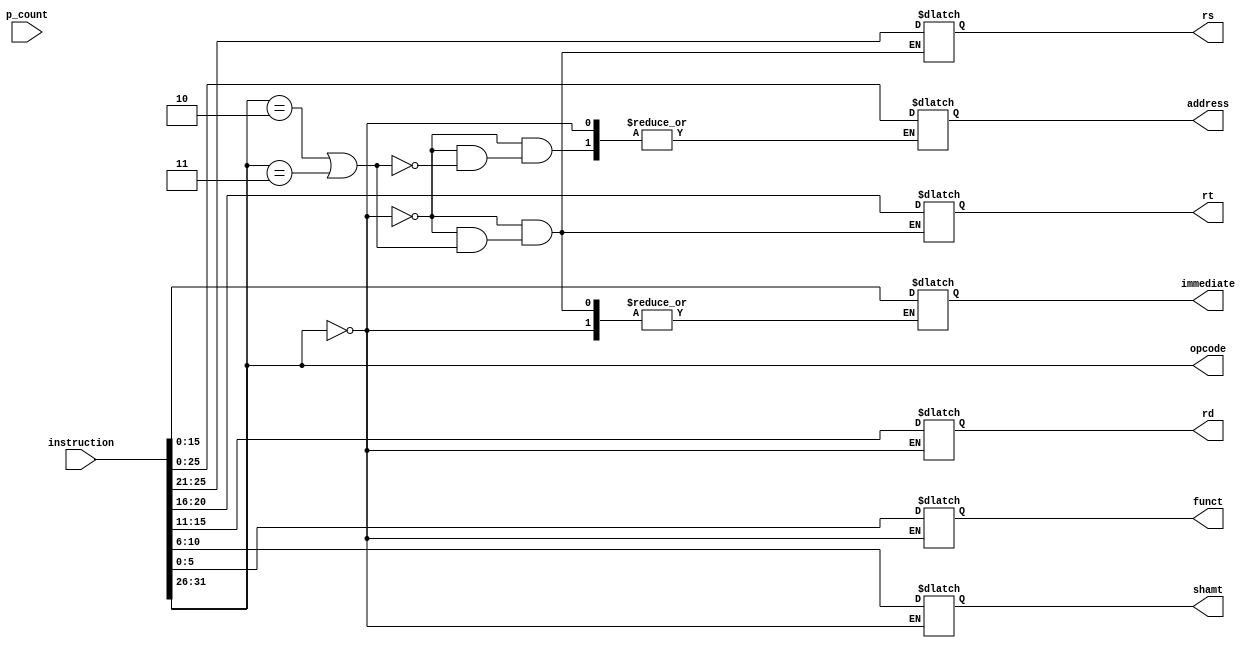
//opcode yardm ile instruction un hangi tip (R,J,I) olduunu anlayarak 
//ona gre parse eden bir modldr. 
module inst_parser(
	output wire [5:0] opcode,
	output reg [4:0] rs, rt, rd, shamt, 
	output reg [5:0] funct,
	output reg[15:0] immediate,
	output reg [25:0] address,
	input [31:0] instruction, p_count
);

	assign opcode = instruction[31:26];
	
	always @(instruction) begin
		// R-type
		if(opcode == 6'h0) begin
			shamt = instruction[10:6];
			rd = instruction[15:11];
			rt = instruction[20:16];
			rs = instruction[25:21];
			funct = instruction[5:0];
		end
		// J type
		else if(opcode == 6'h2 | opcode == 6'h3) begin
			address = instruction[26:0];
		end
		// I type
		else begin
			rt = instruction[20:16];
			rs = instruction[25:21];
			immediate = instruction[15:0];
		end
	end
	
endmodule